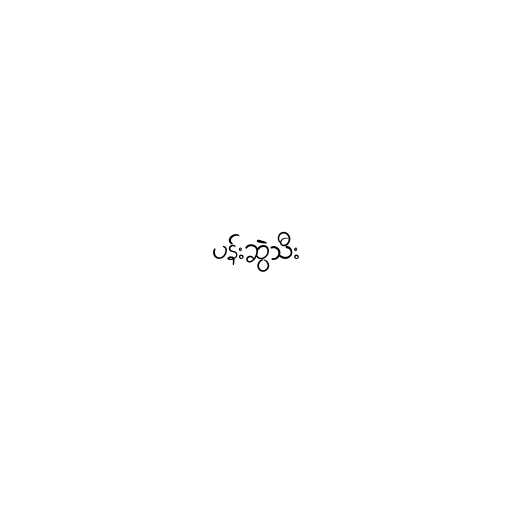
ပန်းဆွဲသီး